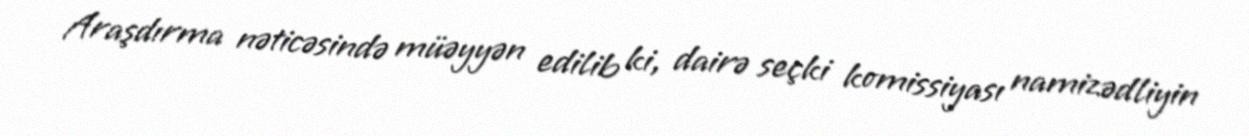
Araşdırma nəticəsində müəyyən edilib ki, dairə seçki komissiyası namizədliyin